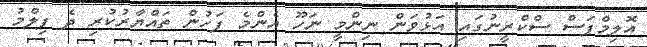
އޮލިމްޕަސް ސްކްރީނުގައި އަޅުވަން ނިންމީ ނަހޫ އެންމެ ފަހުން ތައްޔާރުކުރި ދެ ފިލްމު